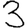
Digit: 3